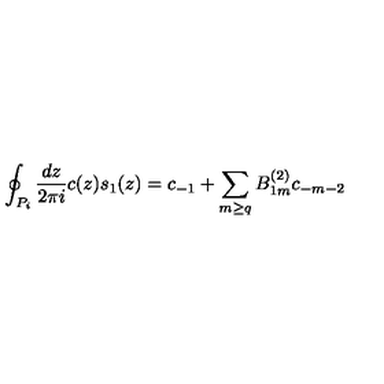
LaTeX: \oint _ { P _ { i } } \frac { d z } { 2 \pi i } c ( z ) s _ { 1 } ( z ) = c _ { - 1 } + \sum _ { m \geq q } B _ { 1 m } ^ { ( 2 ) } c _ { - m - 2 }